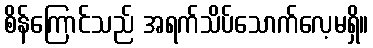
စိန်ကြောင်သည် အရက်သိပ်သောက်လေ့မရှိ။